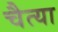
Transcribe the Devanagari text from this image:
चैत्या